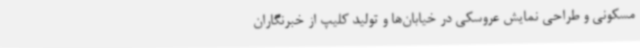
مسکونی و طراحی نمایش عروسکی در خیابان‌ها و تولید کلیپ از خبرنگاران